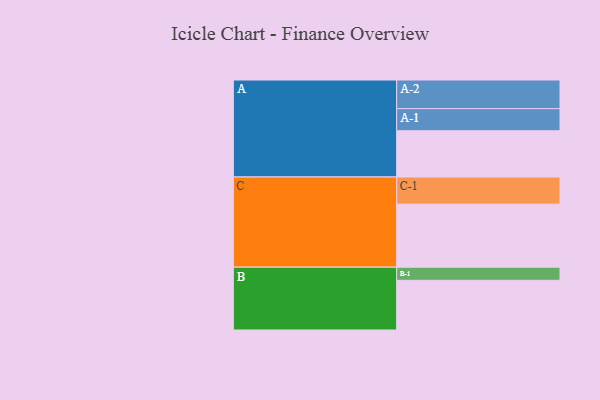
{"axis": {"x": "Segment", "y": "Value"}, "legend": ["", "A", "B", "C"], "data": [{"x": "A", "y": 373, "type": ""}, {"x": "B", "y": 401, "type": ""}, {"x": "C", "y": 509, "type": ""}, {"x": "A-1", "y": 179, "type": "A"}, {"x": "A-2", "y": 231, "type": "A"}, {"x": "B-1", "y": 106, "type": "B"}, {"x": "C-1", "y": 219, "type": "C"}]}